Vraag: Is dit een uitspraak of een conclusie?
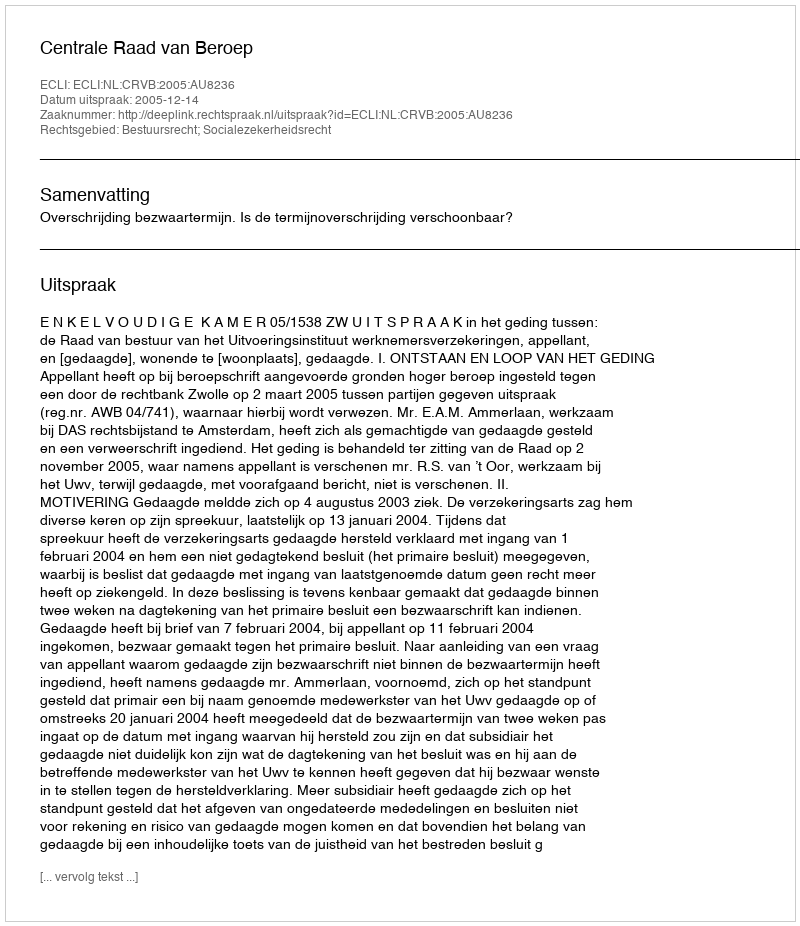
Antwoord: Uitspraak